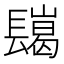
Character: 𨲲